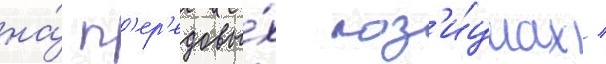
на́ п'ер'едовы́х поз'и́циах /